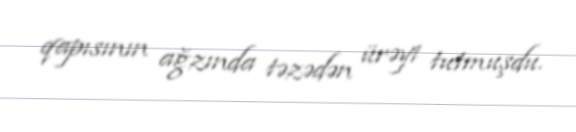
qapısının ağzında təzədən ürəyi tutmuşdu.